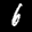
Label: 6